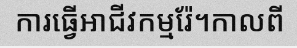
ការធ្វើអាជីវកម្មរ៉ែ។កាលពី